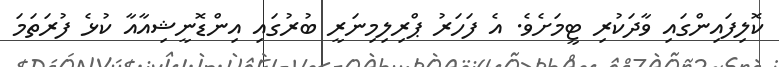
ކޮލިފައިންގައި ވާދަކުރި ޓީމަށެވެ. އެ ފަހަރު ޕްރިލިމިނަރީ ބުރުގައި އިންޑޮނީޝިއާއާ ކުޅެ ފުރަތަމަ